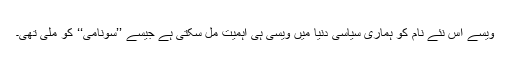
ویسے اس نئے نام کو ہماری سیاسی دنیا میں ویسی ہی اہمیت مل سکتی ہے جیسے ’’سونامی‘‘ کو ملی تھی۔